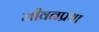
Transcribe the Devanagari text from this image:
जीवनप्रथा